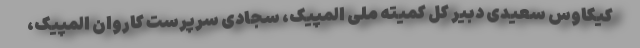
کیکاوس سعیدی دبیر کل کمیته ملی المپیک، سجادی سرپرست کاروان المپیک،